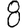
Digit: 8